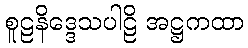
စူဠနိဒ္ဒေသပါဠိ အဋ္ဌကထာ